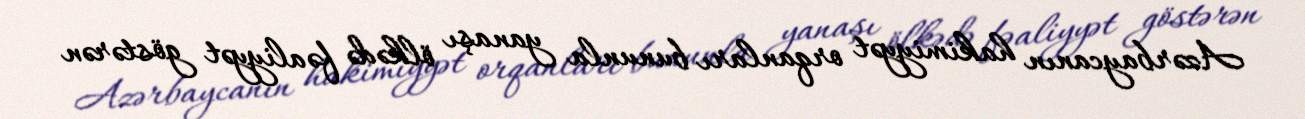
Azərbaycanın hakimiyyət orqanları bununla yanaşı ölkədə fəaliyyət göstərən